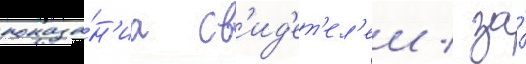
показа́н'иа св'ид'ет'ел'еи / за́